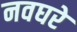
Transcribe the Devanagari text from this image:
नवघरे